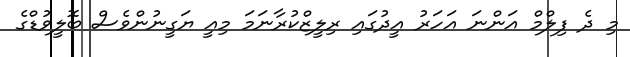
މި ދެ ފިލްމް އަންނަ އަހަރު އީދުގައި ރިލީޒްކުރާނަމަ މިއީ ޔަގީނުންވެސް ބޮލީވުޑްގެ